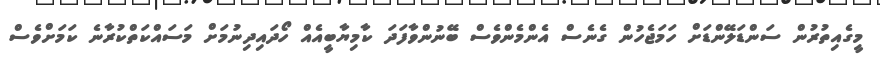
މީގެއިތުރުން ސަންޑަލޭންޑަށް ހަމަޖެހުން ގެނެސް އެންމެންވެސް ބޭނުންވާފަދަ ކާމިޔާބީއެއް ހޯދައިދިނުމަށް މަސައްކަތްކުރާނެ ކަމަށްވެސް